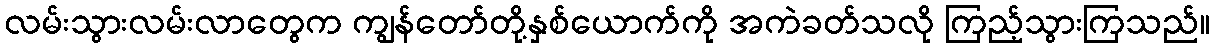
လမ်းသွားလမ်းလာတွေက ကျွန်တော်တို့နှစ်ယောက်ကို အကဲခတ်သလို ကြည့်သွားကြသည်။